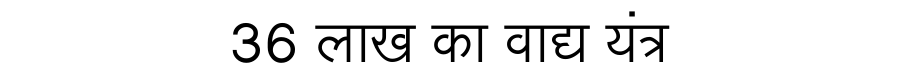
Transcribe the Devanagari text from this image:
36 लाख का वाद्य यंत्र